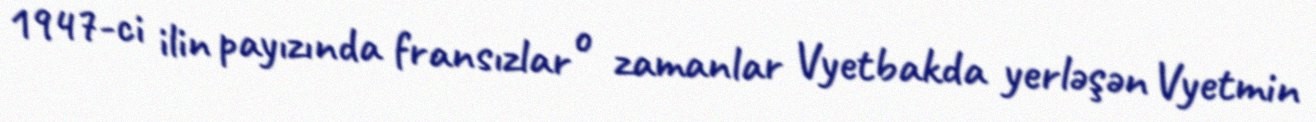
1947-ci ilin payızında fransızlar o zamanlar Vyetbakda yerləşən Vyetmin